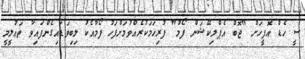
ސީ ހެޑް އޮފީހަށް "ޖޮބް އެޕްލިކޭޝަން ފޯމު" ފުރިހަމަކުރެއްވުމަށްފަހު ފޯމާއެކު ލިބިވަޑައިގެންފައިވާ ތަޢުލީމީ